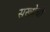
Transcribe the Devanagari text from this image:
सख्येची